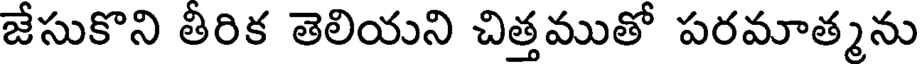
జేసుకొని తీరిక తెలియని చిత్తముతో పరమాత్మను